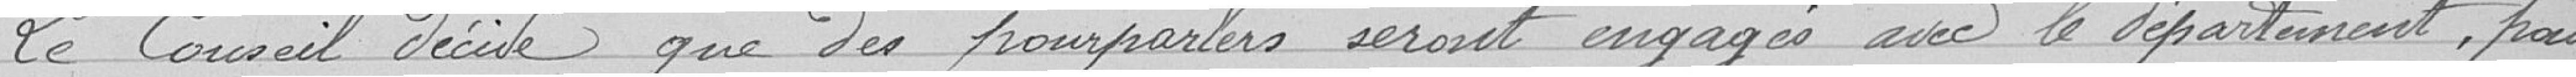
Le Conseil décide que des pourparlers seront engagés avec le département, pour